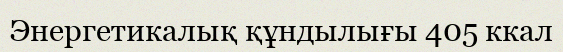
Энергетикалық құндылығы 405 ккал